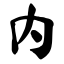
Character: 内